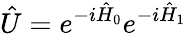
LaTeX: \hat{U}=e^{-i\hat{H}_{0}}e^{-i\hat{H}_{1}}